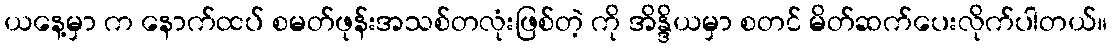
ယနေ့မှာ က နောက်ထပ် စမတ်ဖုန်းအသစ်တလုံးဖြစ်တဲ့ ကို အိန္ဒိယမှာ စတင် မိတ်ဆက်ပေးလိုက်ပါတယ်။